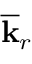
\overline { { \mathbf { k } } } _ { r }